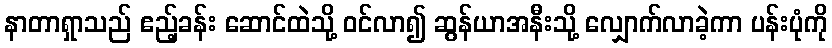
နာတာရှာသည် ဧည့်ခန်း ဆောင်ထဲသို့ ဝင်လာ၍ ဆွန်ယာအနီးသို့ လျှောက်လာခဲ့ကာ ပန်းပုံကို